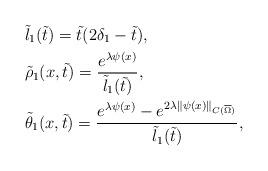
LaTeX: \begin{align*}&\tilde{l}_1(\tilde{t})=\tilde{t}(2\delta_1-\tilde{t}),\\&\tilde{\rho}_1(x,\tilde{t})=\frac{e^{\lambda\psi(x)}}{\tilde{l}_1(\tilde{t})},\\&\tilde{\theta}_1(x,\tilde{t})=\frac{e^{\lambda\psi(x)}-e^{2\lambda\|\psi(x)\|_{C(\overline{\Omega})}}}{\tilde{l}_1(\tilde{t})},\end{align*}